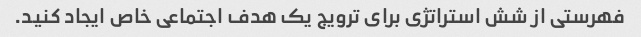
فهرستی از شش استراتژی برای ترویج یک هدف اجتماعی خاص ایجاد کنید.